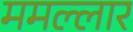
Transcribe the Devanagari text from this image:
ममल्लार